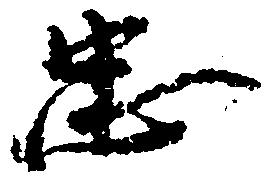
忠